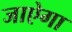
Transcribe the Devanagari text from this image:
जाऐगा